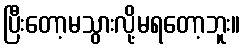
ပြီးတော့မသွားလို့မရတော့ဘူး။